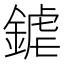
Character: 𨩽